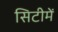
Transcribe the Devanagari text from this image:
सिटीमें